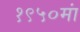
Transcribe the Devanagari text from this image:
१९५०मां